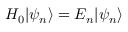
H _ { 0 } | \psi _ { n } \rangle = E _ { n } | \psi _ { n } \rangle